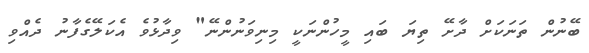
ބޭނުން ތަނަކަށް ދާށޭ ތިޔަ ބައި މީހުންނަކީ މިނިވަނުންނޭ" ވިދާޅުވެ އެކަލޭގެފާނު ދެއްވި